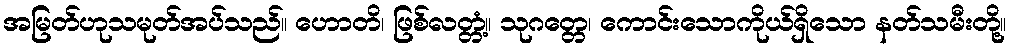
အမြတ်ဟုသမုတ်အပ်သည်။ ဟောတိ၊ ဖြစ်လတ္တံ့။ သုဂတ္တေ၊ ကောင်းသောကိုယ်ရှိသော နတ်သမီးတို့။